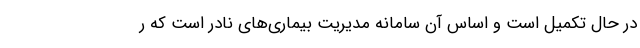
در حال تکمیل است و اساس آن سامانه مدیریت بیماری‌های نادر است که ر